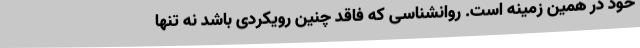
خود در همین زمینه است. روانشناسی که فاقد چنین رویکردی باشد نه تنها